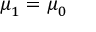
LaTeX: { \boldsymbol { \mu } } _ { 1 } = { \boldsymbol { \mu } } _ { 0 }